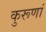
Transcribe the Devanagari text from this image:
कुरूणां